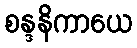
စန္ဒနိကာယေ